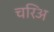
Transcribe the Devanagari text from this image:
चरिअ